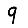
Digit: 9